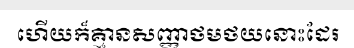
ហើយក៏គ្មានសញ្ញាថមថយនោះដែរ